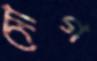
সোগ